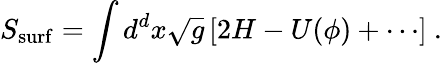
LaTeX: S_{\mathrm{surf}}=\int d^{d}x\sqrt{g}\left[2H-U(\phi)+\cdots\right]~.